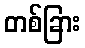
တစ်ခြား